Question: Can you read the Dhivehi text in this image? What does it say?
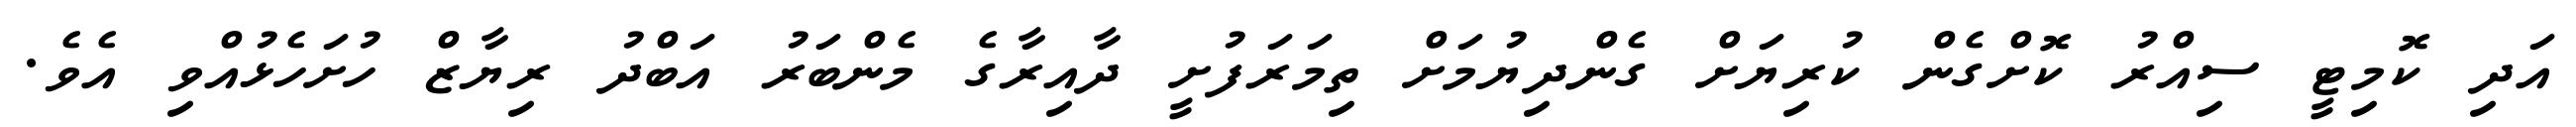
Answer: އަދި ކޮމިޓީ ސިއްރު ކޮށްގެން ކުރިޔަށް ގެންދިޔުމަށް ތިމަރަފުށީ ދާއިރާގެ މެންބަރު އަބްދު ރިޔާޒް ހުށަހެޅުއްވި އެވެ.